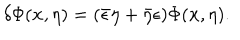
\delta \Phi ( \mathbf { x } , \eta ) = ( \bar { \epsilon } \eta + \bar { \eta } \epsilon ) \Phi ( \mathbf { x } , \eta ) .